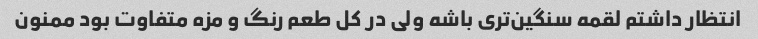
انتظار داشتم لقمه سنگین‌تری باشه ولی در کل طعم رنگ و مزه متفاوت بود ممنون